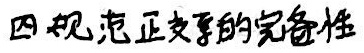
四 规范正交基的完备性